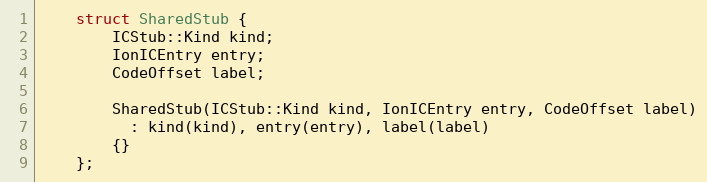
Language: C
    struct SharedStub {
        ICStub::Kind kind;
        IonICEntry entry;
        CodeOffset label;

        SharedStub(ICStub::Kind kind, IonICEntry entry, CodeOffset label)
          : kind(kind), entry(entry), label(label)
        {}
    };